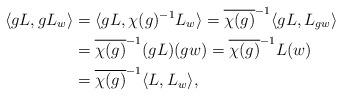
LaTeX: \begin{align*} \langle g L, g L_w \rangle &= \langle g L, \chi(g)^{-1} L_w \rangle = \overline{\chi(g)}^{-1} \langle gL, L_{gw} \rangle \\ &=\overline{\chi(g)}^{-1}(gL )(gw) = \overline{\chi(g)}^{-1} L(w) \\ &=\overline{\chi(g)}^{-1} \langle L, L_w \rangle, \end{align*}